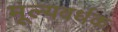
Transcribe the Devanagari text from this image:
मूल्यवर्धक